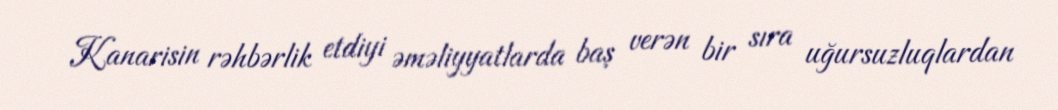
Kanarisin rəhbərlik etdiyi əməliyyatlarda baş verən bir sıra uğursuzluqlardan